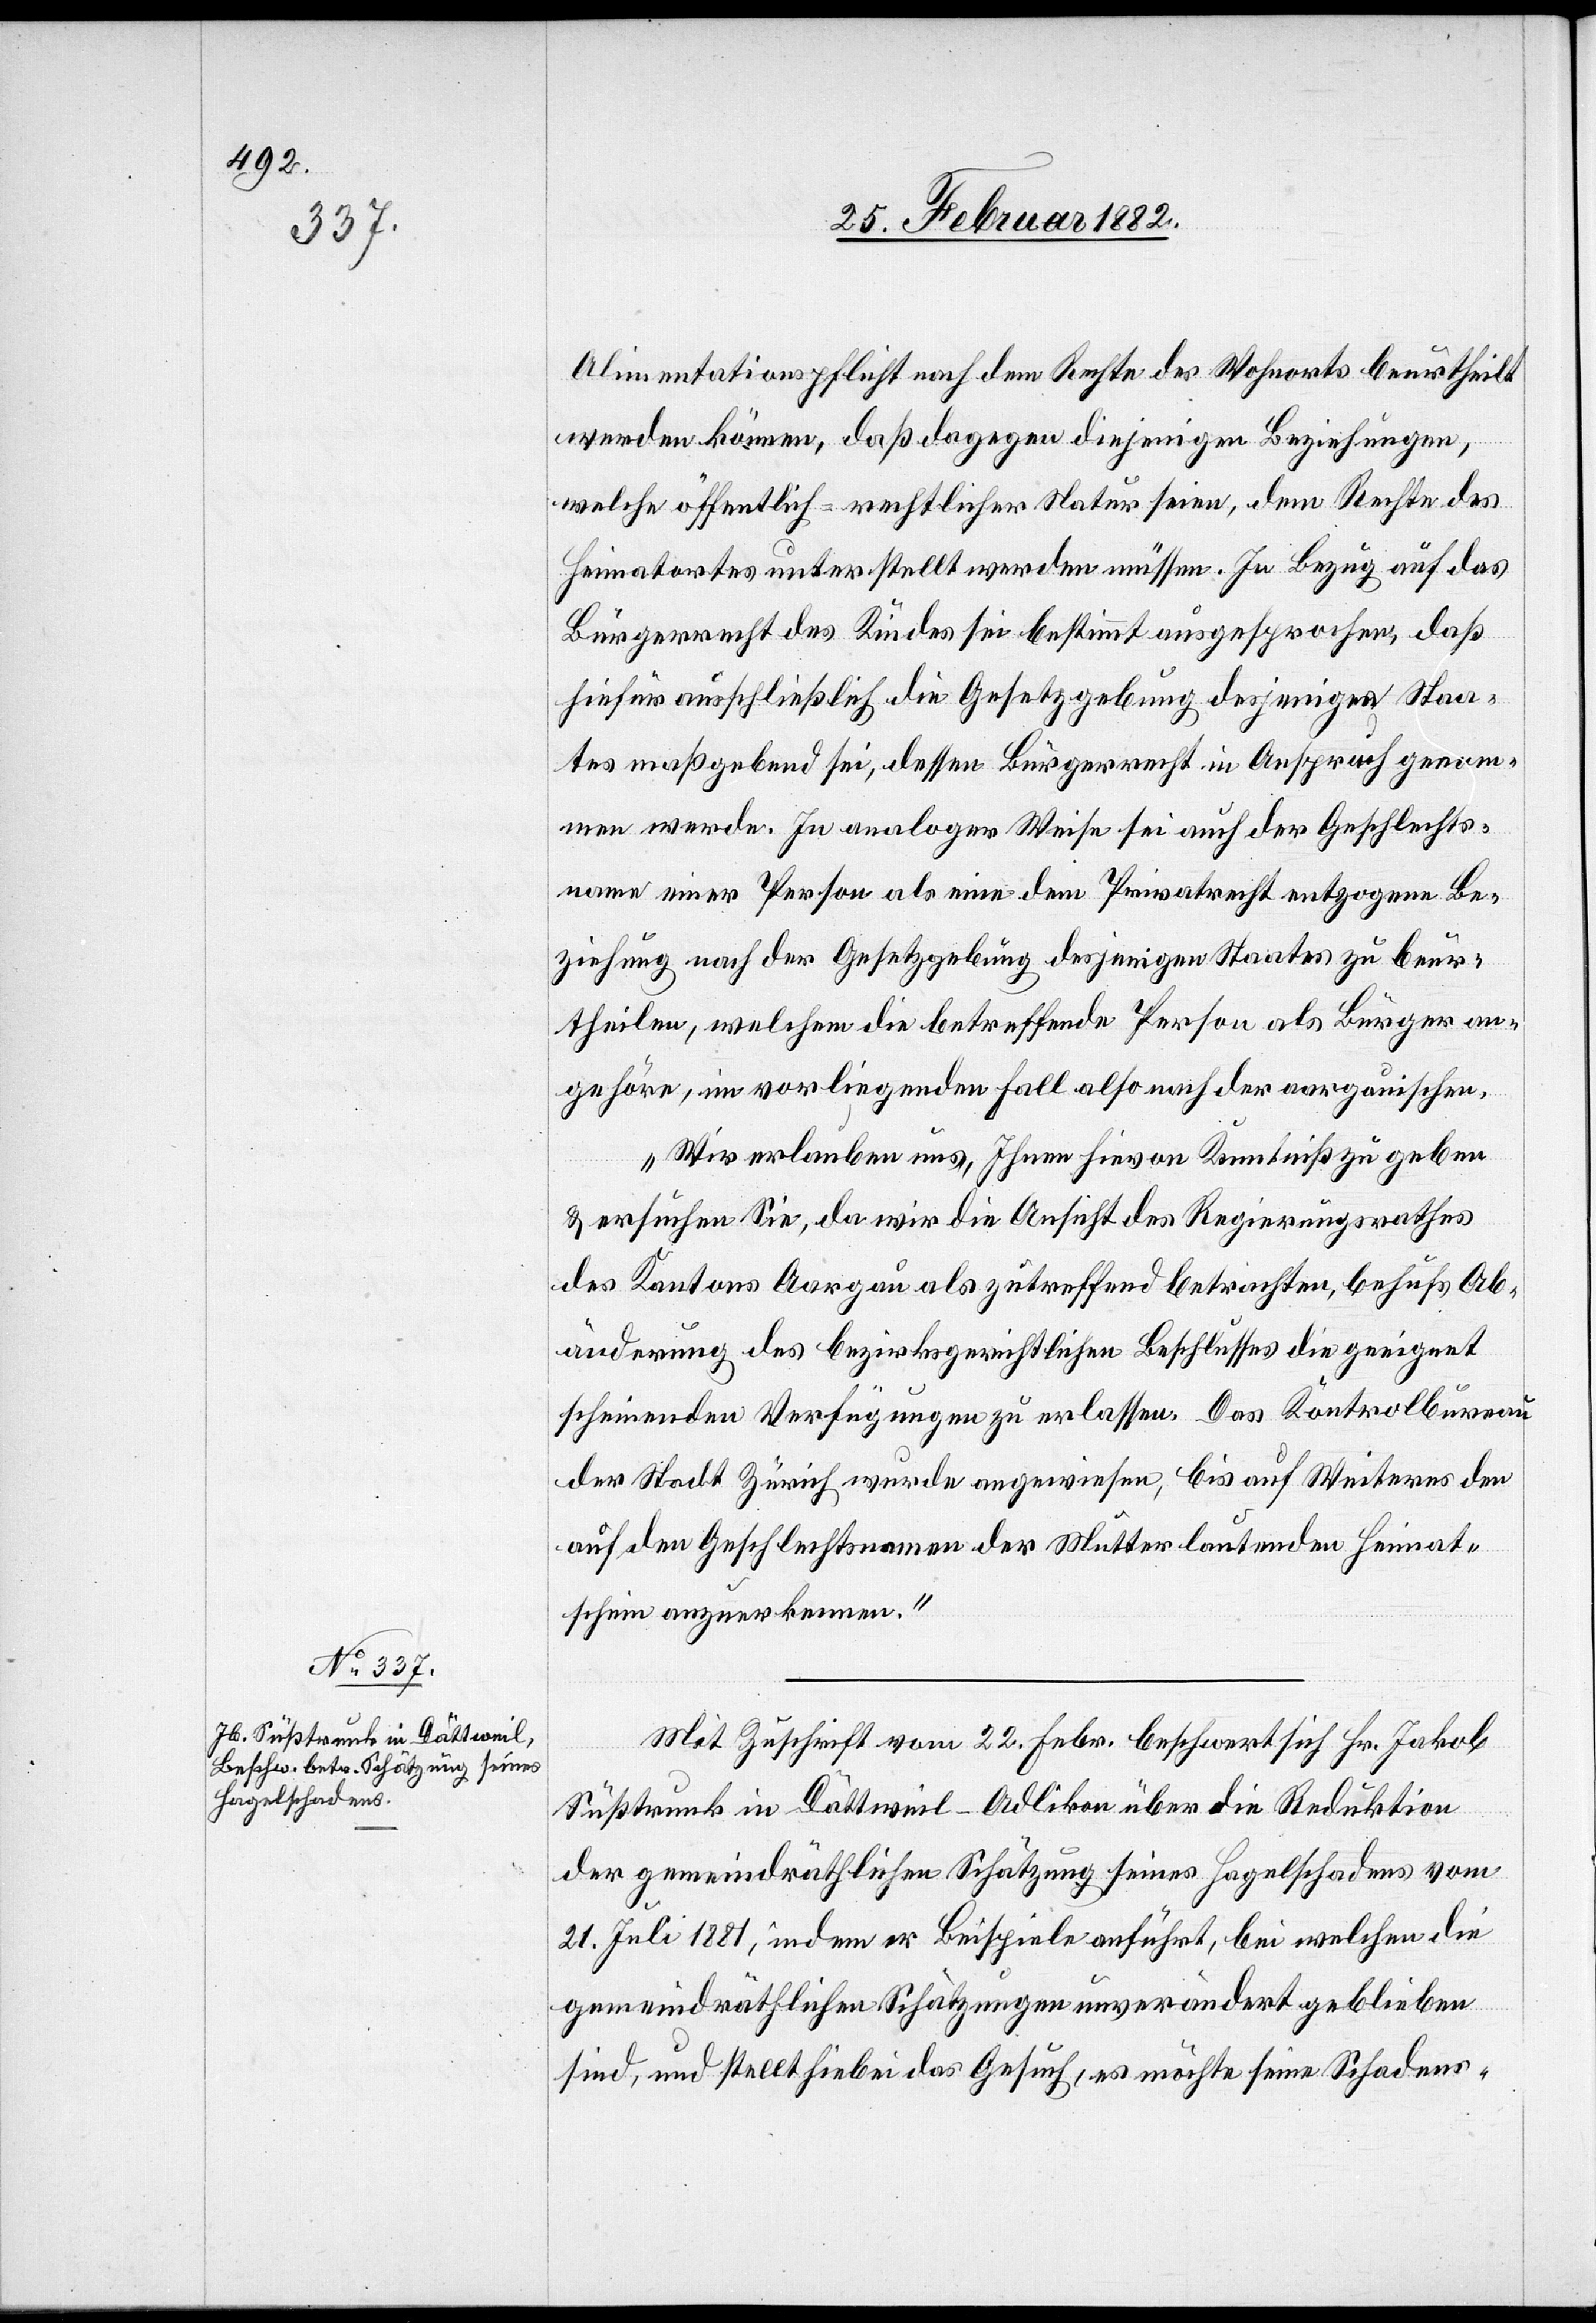
Alimentationspflicht nach dem Rechte des Wohnortes beurtheilt
werden könne, daß dagegen diejenigen Beziehungen,
welche öffentlich-rechtlicher Natur seien, dem Rechte des
Heimatortes unterstellt werden müssen. In Bezug auf das
Bürgerrecht des Kindes sei bestimmt ausgesprochen, daß
hiefür ausschließlich die Gesetzgebung desjenigen Staa¬
tes maßgebend sei, dessen Bürgerrecht in Anspruche genom¬
men werde. In analoger Weise sei auch der Geschlechts¬
namen einer Person als eine dem Privatrecht entzogenen Be¬
ziehung nach der Gesetzgebung desjenigen Staates zu beur¬
theilen, welchem die betreffende Person als Bürger an¬
gehöre, im vorliegenden Fall also nach der aargauischen.
Wir erlauben uns, Ihnen hievon Kenntniß zu geben,
& ersuchen Sie, da wir die Ansicht des Regierungsrathes
des Kantons Aargau als zutreffend betrachten, behufs Ab¬
änderung des bezirksrichtlichen Beschlusses die geeignet
scheinende Verfügungen zu erlassen. Das Kontrolbureau
der Stadt Zürich wurde angewiesen, bis auf Weiteres den
auf den Geschlechtsnamen der Mutter lautenden Heimat¬
schein anzuerkennen.
Mit Zuschrift vom 22. Febr. beschwert sich Hr. Jakob
Süßtrunk in Dättweil - Adlikon über die Reduktion
der gemeindräthlichen Schätzung seines Hagelschadens vom
21. Juli 1881, indem er Beispiele aufführt, bei welchen die
gemeindräthlichen Schätzungen unverändert geblieben
sind, und stellt hiebei das Gesuch, es möchte seine Schadens-